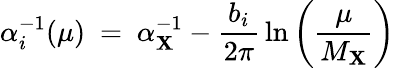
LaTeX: \alpha_{i}^{-1}(\mu)\ =\ \alpha_{\mathbf{X}}^{-1}-{\frac{{b_{i}}}{{2\pi}}}\ln\left({\frac{{\mu}}{{M_{\mathbf{X}}}}}\right)